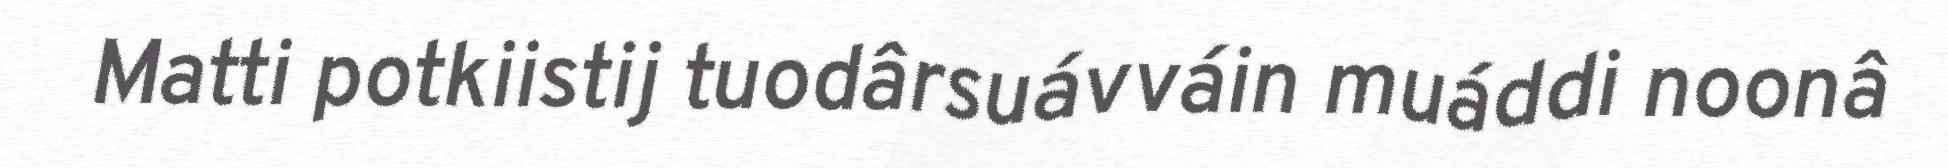
Matti potkiistij tuodârsuávváin muáddi noonâ